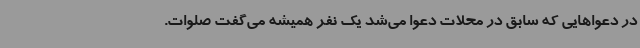
در دعواهایی که سابق در محلات دعوا می‌شد یک نفر همیشه می‌گفت صلوات.